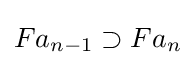
Fa_{n-1}\supset Fa_{n}